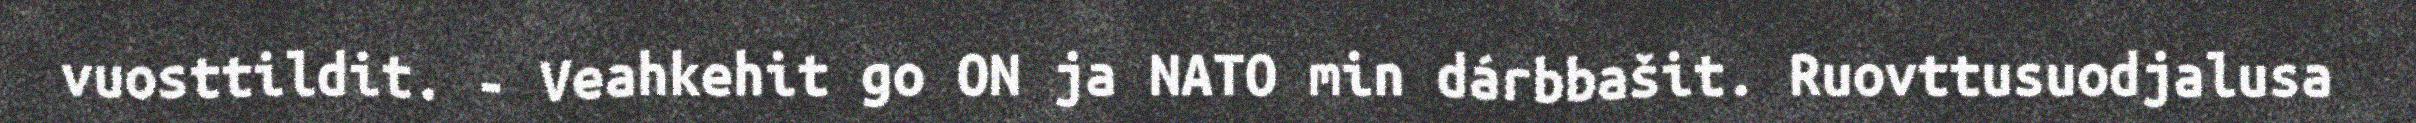
vuosttildit. - Veahkehit go ON ja NATO min dárbbašit. Ruovttusuodjalusa